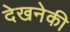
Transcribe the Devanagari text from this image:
देखनेकी